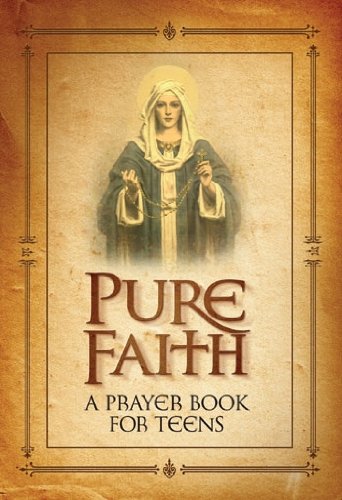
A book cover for Pure Faith A Prayer Book for Teens; Jason Evert; Christian Books & Bibles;